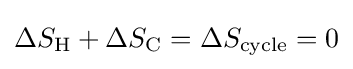
\Delta S_{\text{H}}+\Delta S_{\text{C}}=\Delta S_{\text{cycle}}=0